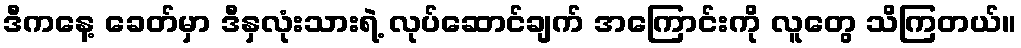
ဒီကနေ့ ခေတ်မှာ ဒီနှလုံးသားရဲ့ လုပ်ဆောင်ချက် အကြောင်းကို လူတွေ သိကြတယ်။